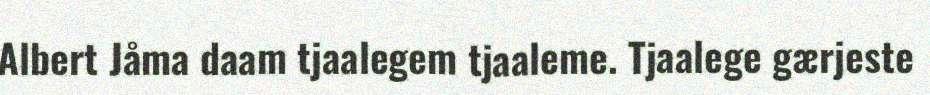
Albert Jåma daam tjaalegem tjaaleme. Tjaalege gærjeste